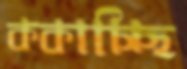
ককাচ্ছি